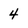
Character: 4